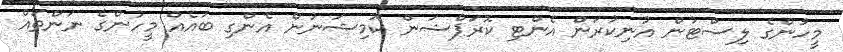
މީހުންގެ ލިސްޓުން އުނިކުރަން އެންޓި ކޮރަޕްޝަން ކޮމިޝަނުން އެންގި ބައެއް މީހުންގެ ނަންތައް